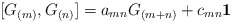
\begin{align*}\lbrack G_{(m)},G_{(n)}]=a_{mn}G_{(m+n)}+c_{mn}\mathbf{1}\end{align*}